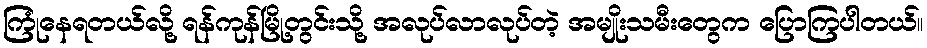
ကြုံနေရတယ်လို့ ရန်ကုန်မြို့တွင်းသို့ အလုပ်လာလုပ်တဲ့ အမျိုးသမီးတွေက ပြောကြပါတယ်။